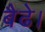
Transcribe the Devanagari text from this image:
बैढे।